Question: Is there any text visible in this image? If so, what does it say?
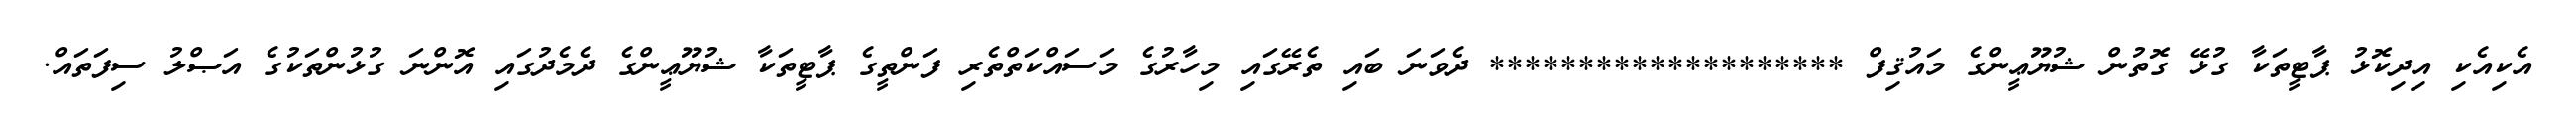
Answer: އެކިއެކި އިދިކޮޅު ޕާޓީތަކާ ގުޅޭ ގޮތުން ޝުޔޫޢީންގެ މައުޤިފް ******************** ދެވަނަ ބައި ތެރޭގައި މިހާރުގެ މަސައްކަތްތެރި ފަންތީގެ ޕާޓީތަކާ ޝުޔޫޢީންގެ ދެމެދުގައި އޮންނަ ގުޅުންތަކުގެ އަޞްލު ސިފަތައް.